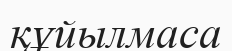
құйылмаса